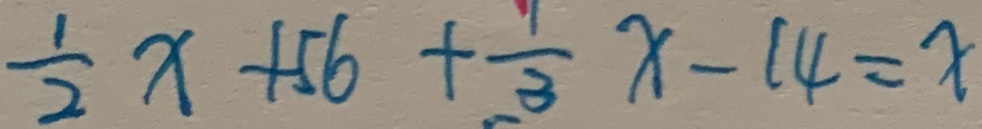
\frac { 1 } { 2 } x + 5 6 + \frac { 1 } { 3 } x - 1 4 = x